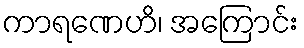
ကာရဏေဟိ၊ အကြောင်း